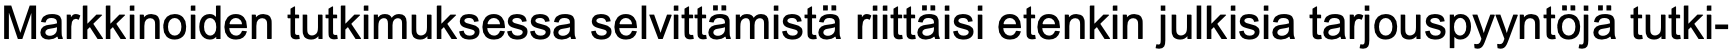
Markkinoiden tutkimuksessa selvittämistä riittäisi etenkin julkisia tarjouspyyntöjä tutki-